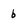
Character: b